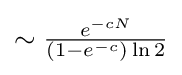
{\textstyle \sim {\frac {e^{-cN}}{(1-e^{-c})\ln 2}}}